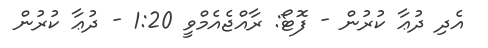
އެދި ދުޢާ ކުރުން - ފޮޓޯ: ރާއްޖެއެމްވީ 1:20 - ދުޢާ ކުރުން